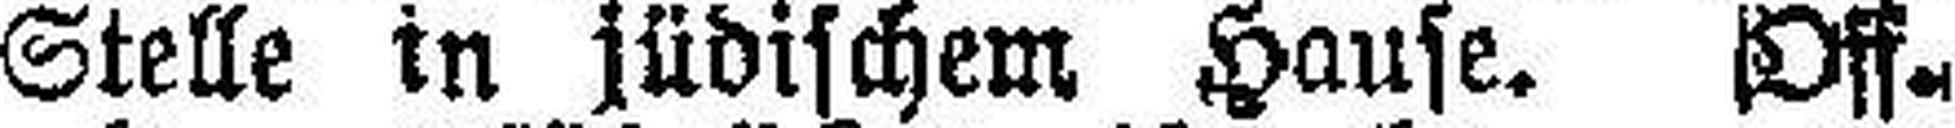
Stelle in jüdischem Hause. Off.